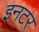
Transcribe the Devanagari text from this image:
इनटर